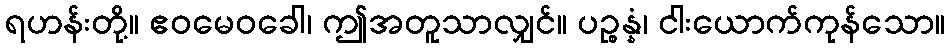
ရဟန်းတို့။ ဧဝမေဝခေါ၊ ဤအတူသာလျှင်။ ပဉ္စန္နံ၊ ငါးယောက်ကုန်သော။